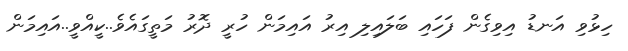
ހިޅުވި އަނޑު އިވިގެން ފަހައި ބަލައިލި އިރު އައިމަން ހުރީ ދޮރު މަތީގައެވެ..ކީއްވީ..އައިމަން